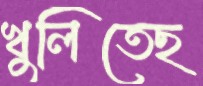
খুলিতেছ